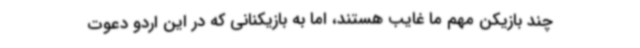
چند بازیکن مهم ما غایب هستند، اما به بازیکنانی که در این اردو دعوت